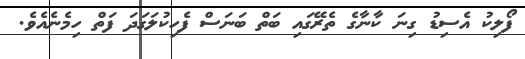
ފޯލިކު އެސިޑު ގިނަ ކާނާގެ ތެރޭގައި ބަތް ބަނަސް ފެހިކުލަގަދަ ފަތް ހިމެނެއެވެ.